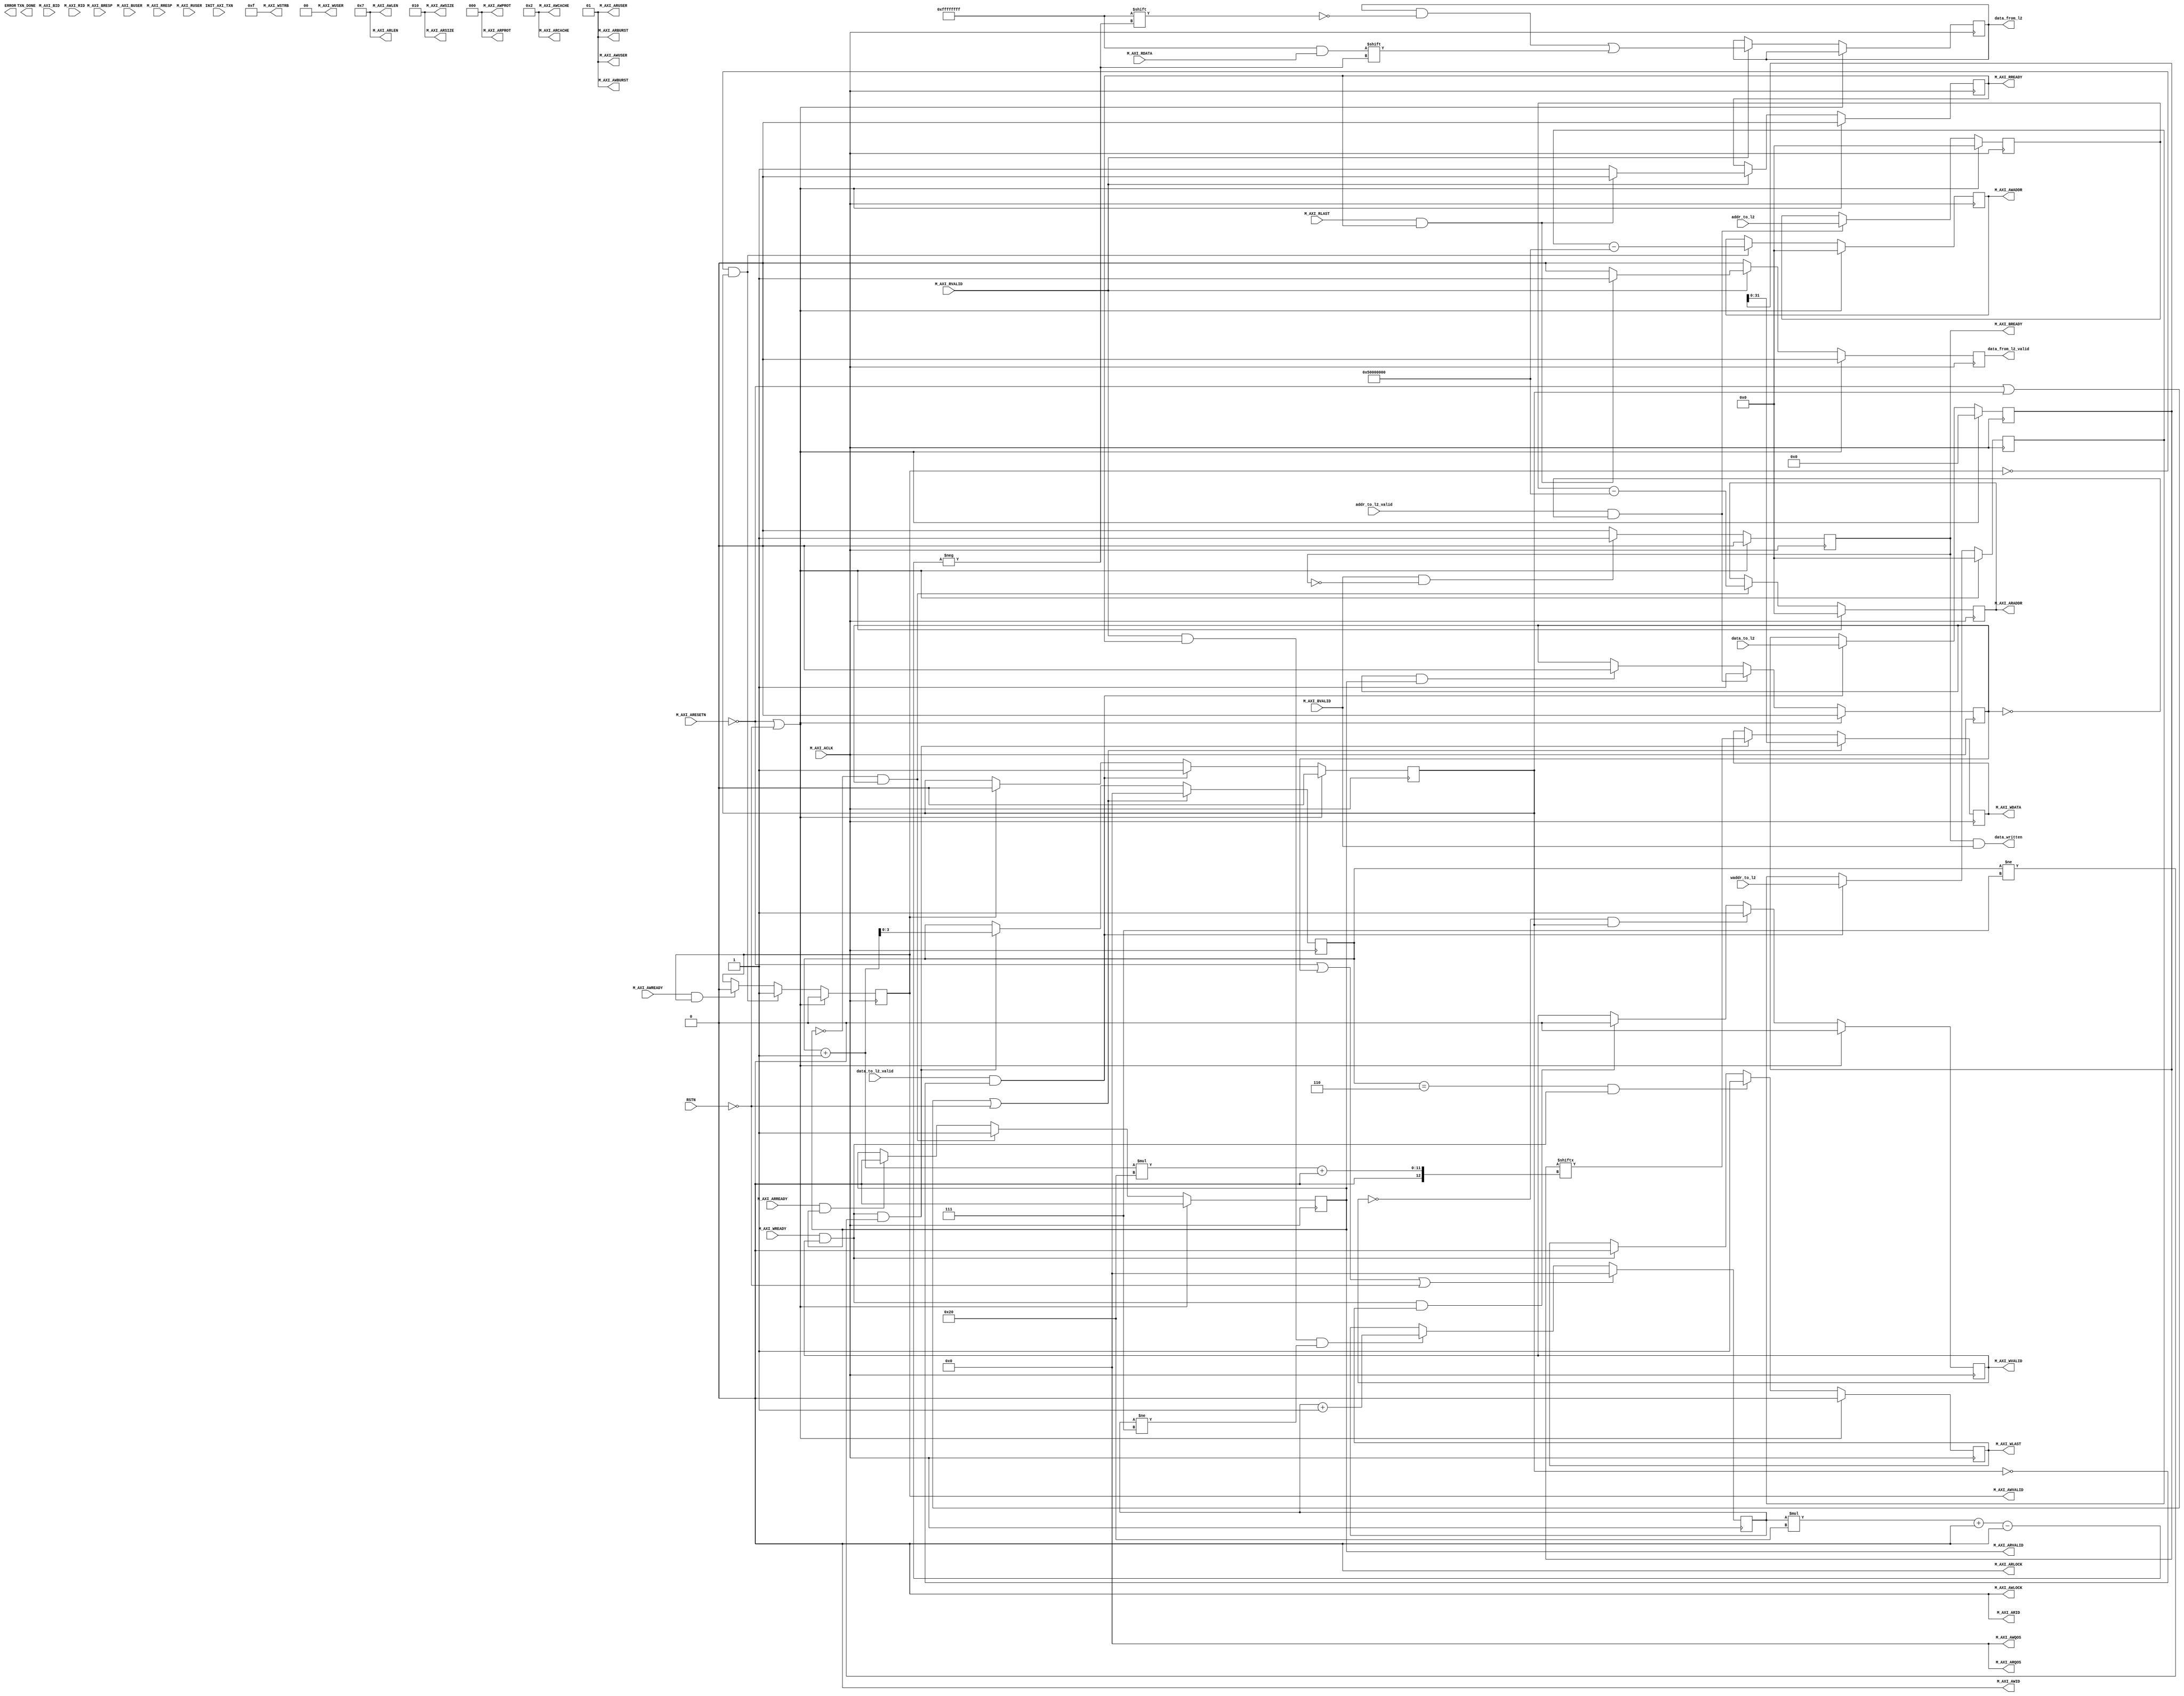

`timescale 1 ns / 1 ps

	module myip_v1_0_M00_AXI #
	(
		// Users to add parameters here

		// User parameters ends
		// Do not modify the parameters beyond this line

		// Base address of targeted slave
		parameter  C_M_TARGET_SLAVE_BASE_ADDR	= 32'h00010000,
		// Burst Length. Supports 1, 2, 4, 8, 16, 32, 64, 128, 256 burst lengths
		parameter integer C_M_AXI_BURST_LEN	= 8,
		// Thread ID Width
		parameter integer C_M_AXI_ID_WIDTH	= 1,
		// Width of Address Bus
		parameter integer C_M_AXI_ADDR_WIDTH	= 32,
		// Width of Data Bus
		parameter integer C_M_AXI_DATA_WIDTH	= 32,
		// Width of User Write Address Bus
		parameter integer C_M_AXI_AWUSER_WIDTH	= 0,
		// Width of User Read Address Bus
		parameter integer C_M_AXI_ARUSER_WIDTH	= 0,
		// Width of User Write Data Bus
		parameter integer C_M_AXI_WUSER_WIDTH	= 0,
		// Width of User Read Data Bus
		parameter integer C_M_AXI_RUSER_WIDTH	= 0,
		// Width of User Response Bus
		parameter integer C_M_AXI_BUSER_WIDTH	= 0,
		parameter integer cache_width 			= 32*8
	)
	(
		// Users to add ports here

		// User ports ends
		// Do not modify the ports beyond this line

		// Initiate AXI transactions
		input wire  RSTN,
		input wire  INIT_AXI_TXN,
		// Asserts when transaction is complete
		output wire  TXN_DONE,
		// Asserts when ERROR is detected
		output reg  ERROR,
		// Global Clock Signal.
		input wire  M_AXI_ACLK,
		// Global Reset Singal. This Signal is Active Low
		input wire  M_AXI_ARESETN,
		// Master Interface Write Address ID
		output wire [C_M_AXI_ID_WIDTH-1 : 0] M_AXI_AWID,
		// Master Interface Write Address
		output wire [C_M_AXI_ADDR_WIDTH-1 : 0] M_AXI_AWADDR,
		// Burst length. The burst length gives the exact number of transfers in a burst
		output wire [7 : 0] M_AXI_AWLEN,
		// Burst size. This signal indicates the size of each transfer in the burst
		output wire [2 : 0] M_AXI_AWSIZE,
		// Burst type. The burst type and the size information, 
    // determine how the address for each transfer within the burst is calculated.
		output wire [1 : 0] M_AXI_AWBURST,
		// Lock type. Provides additional information about the
    // atomic characteristics of the transfer.
		output wire  M_AXI_AWLOCK,
		// Memory type. This signal indicates how transactions
    // are required to progress through a system.
		output wire [3 : 0] M_AXI_AWCACHE,
		// Protection type. This signal indicates the privilege
    // and security level of the transaction, and whether
    // the transaction is a data access or an instruction access.
		output wire [2 : 0] M_AXI_AWPROT,
		// Quality of Service, QoS identifier sent for each write transaction.
		output wire [3 : 0] M_AXI_AWQOS,
		// Optional User-defined signal in the write address channel.
		output wire [C_M_AXI_AWUSER_WIDTH-1 : 0] M_AXI_AWUSER,
		// Write address valid. This signal indicates that
    // the channel is signaling valid write address and control information.
		output wire  M_AXI_AWVALID,
		// Write address ready. This signal indicates that
    // the slave is ready to accept an address and associated control signals
		input wire  M_AXI_AWREADY,
		// Master Interface Write Data.
		output wire [C_M_AXI_DATA_WIDTH-1 : 0] M_AXI_WDATA,
		// Write strobes. This signal indicates which byte
    // lanes hold valid data. There is one write strobe
    // bit for each eight bits of the write data bus.
		output wire [C_M_AXI_DATA_WIDTH/8-1 : 0] M_AXI_WSTRB,
		// Write last. This signal indicates the last transfer in a write burst.
		output wire  M_AXI_WLAST,
		// Optional User-defined signal in the write data channel.
		output wire [C_M_AXI_WUSER_WIDTH-1 : 0] M_AXI_WUSER,
		// Write valid. This signal indicates that valid write
    // data and strobes are available
		output wire  M_AXI_WVALID,
		// Write ready. This signal indicates that the slave
    // can accept the write data.
		input wire  M_AXI_WREADY,
		// Master Interface Write Response.
		input wire [C_M_AXI_ID_WIDTH-1 : 0] M_AXI_BID,
		// Write response. This signal indicates the status of the write transaction.
		input wire [1 : 0] M_AXI_BRESP,
		// Optional User-defined signal in the write response channel
		input wire [C_M_AXI_BUSER_WIDTH-1 : 0] M_AXI_BUSER,
		// Write response valid. This signal indicates that the
    // channel is signaling a valid write response.
		input wire  M_AXI_BVALID,
		// Response ready. This signal indicates that the master
    // can accept a write response.
		output wire  M_AXI_BREADY,
		// Master Interface Read Address.
		output wire [C_M_AXI_ID_WIDTH-1 : 0] M_AXI_ARID,
		// Read address. This signal indicates the initial
    // address of a read burst transaction.
		output wire [C_M_AXI_ADDR_WIDTH-1 : 0] M_AXI_ARADDR,
		// Burst length. The burst length gives the exact number of transfers in a burst
		output wire [7 : 0] M_AXI_ARLEN,
		// Burst size. This signal indicates the size of each transfer in the burst
		output wire [2 : 0] M_AXI_ARSIZE,
		// Burst type. The burst type and the size information, 
    // determine how the address for each transfer within the burst is calculated.
		output wire [1 : 0] M_AXI_ARBURST,
		// Lock type. Provides additional information about the
    // atomic characteristics of the transfer.
		output wire  M_AXI_ARLOCK,
		// Memory type. This signal indicates how transactions
    // are required to progress through a system.
		output wire [3 : 0] M_AXI_ARCACHE,
		// Protection type. This signal indicates the privilege
    // and security level of the transaction, and whether
    // the transaction is a data access or an instruction access.
		output wire [2 : 0] M_AXI_ARPROT,
		// Quality of Service, QoS identifier sent for each read transaction
		output wire [3 : 0] M_AXI_ARQOS,
		// Optional User-defined signal in the read address channel.
		output wire [C_M_AXI_ARUSER_WIDTH-1 : 0] M_AXI_ARUSER,
		// Write address valid. This signal indicates that
    // the channel is signaling valid read address and control information
		output wire  M_AXI_ARVALID,
		// Read address ready. This signal indicates that
    // the slave is ready to accept an address and associated control signals
		input wire  M_AXI_ARREADY,
		// Read ID tag. This signal is the identification tag
    // for the read data group of signals generated by the slave.
		input wire [C_M_AXI_ID_WIDTH-1 : 0] M_AXI_RID,
		// Master Read Data
		input wire [C_M_AXI_DATA_WIDTH-1 : 0] M_AXI_RDATA,
		// Read response. This signal indicates the status of the read transfer
		input wire [1 : 0] M_AXI_RRESP,
		// Read last. This signal indicates the last transfer in a read burst
		input wire  M_AXI_RLAST,
		// Optional User-defined signal in the read address channel.
		input wire [C_M_AXI_RUSER_WIDTH-1 : 0] M_AXI_RUSER,
		// Read valid. This signal indicates that the channel
    // is signaling the required read data.
		input wire  M_AXI_RVALID,
		// Read ready. This signal indicates that the master can
    // accept the read data and response information.
		output wire  M_AXI_RREADY,


		//user defined ports
		output reg 		[cache_width-1:0] 			data_from_l2 		,
		input wire   								addr_to_l2_valid	,
		input wire 		[C_M_AXI_ADDR_WIDTH-1:0] 	addr_to_l2 			,
		input wire 		[C_M_AXI_ADDR_WIDTH-1:0] 	waddr_to_l2 		,
		output wire  								data_from_l2_valid	,
		input wire 	 	[cache_width-1:0]			data_to_l2			,
		input wire 									data_to_l2_valid 	,
		output wire 								data_written 		
	);


	// function called clogb2 that returns an integer which has the
	//value of the ceiling of the log base 2

	  // function called clogb2 that returns an integer which has the 
	  // value of the ceiling of the log base 2.                      
	  function integer clogb2 (input integer bit_depth);              
	  begin                                                           
	    for(clogb2=0; bit_depth>0; clogb2=clogb2+1)                   
	      bit_depth = bit_depth >> 1;                                 
	    end                                                           
	  endfunction                                                     

	// C_TRANSACTIONS_NUM is the width of the index counter for 
	// number of write or read transaction.
	 localparam integer C_TRANSACTIONS_NUM = clogb2(C_M_AXI_BURST_LEN-1);

	// Burst length for transactions, in C_M_AXI_DATA_WIDTHs.
	// Non-2^n lengths will eventually cause bursts across 4K address boundaries.
	 localparam integer C_MASTER_LENGTH	= 12;
	// total number of burst transfers is master length divided by burst length and burst size
	 localparam integer C_NO_BURSTS_REQ = C_MASTER_LENGTH-clogb2((C_M_AXI_BURST_LEN*C_M_AXI_DATA_WIDTH/8)-1);
	// Example State machine to initialize counter, initialize write transactions, 
	// initialize read transactions and comparison of read data with the 
	// written data words.


	 reg [1:0] mst_exec_state;

	// AXI4LITE signals
	//AXI4 internal temp signals
	reg [C_M_AXI_ADDR_WIDTH-1 : 0] 	axi_awaddr;
	reg  	axi_awvalid;
	reg [C_M_AXI_DATA_WIDTH-1 : 0] 	axi_wdata;
	reg  	axi_wlast;
	reg  	axi_wvalid;
	reg  	axi_bready;
	reg [C_M_AXI_ADDR_WIDTH-1 : 0] 	axi_araddr;
	reg  	axi_arvalid;
	reg  	axi_rready;
	//write beat count in a burst
	reg [C_TRANSACTIONS_NUM : 0] 	write_index;
	//read beat count in a burst
	reg [C_TRANSACTIONS_NUM : 0] 	read_index;
	//size of C_M_AXI_BURST_LEN length burst in bytes
	wire [C_TRANSACTIONS_NUM+2 : 0] 	burst_size_bytes;
	//The burst counters are used to track the number of burst transfers of C_M_AXI_BURST_LEN burst length needed to transfer 2^C_MASTER_LENGTH bytes of data.


	reg  	start_single_burst_write;
	reg  	start_single_burst_read;
	reg  	writes_done;
	reg  	reads_done;
	reg  	error_reg;
	reg  	compare_done;
	reg  	read_mismatch;
	reg  	burst_write_active;
	reg  	burst_read_active;
	reg [C_M_AXI_DATA_WIDTH-1 : 0] 	expected_rdata;
	//Interface response error flags
	wire  	write_resp_error;
	wire  	read_resp_error;
	wire  	wnext;
	wire  	rnext;
	reg  	init_txn_ff;
	reg  	init_txn_ff2;
	reg  	init_txn_edge;
	wire  	init_txn_pulse;


	// I/O Connections assignments

	//I/O Connections. Write Address (AW)
	assign M_AXI_AWID	= 'b0;
	//The AXI address is a concatenation of the target base address + active offset range
	assign M_AXI_AWADDR	= axi_awaddr;
	//Burst LENgth is number of transaction beats, minus 1
	assign M_AXI_AWLEN	= C_M_AXI_BURST_LEN - 1;
	//Size should be C_M_AXI_DATA_WIDTH, in 2^SIZE bytes, otherwise narrow bursts are used
	assign M_AXI_AWSIZE	= clogb2((C_M_AXI_DATA_WIDTH/8)-1);
	//INCR burst type is usually used, except for keyhole bursts
	assign M_AXI_AWBURST	= 2'b01;
	assign M_AXI_AWLOCK	= 1'b0;
	//Update value to 4'b0011 if coherent accesses to be used via the Zynq ACP port. Not Allocated, Modifiable, not Bufferable. Not Bufferable since this example is meant to test memory, not intermediate cache. 
	assign M_AXI_AWCACHE	= 4'b0010;
	assign M_AXI_AWPROT	= 3'h0;
	assign M_AXI_AWQOS	= 4'h0;
	assign M_AXI_AWUSER	= 'b1;
	assign M_AXI_AWVALID	= axi_awvalid;
	//Write Data(W)
	assign M_AXI_WDATA	= axi_wdata;
	//All bursts are complete and aligned in this example
	assign M_AXI_WSTRB	= {(C_M_AXI_DATA_WIDTH/8){1'b1}};
	assign M_AXI_WLAST	= axi_wlast;
	assign M_AXI_WUSER	= 'b0;
	assign M_AXI_WVALID	= axi_wvalid;
	//Write Response (B)
	assign M_AXI_BREADY	= axi_bready;
	//Read Address (AR)
	assign M_AXI_ARID	= 'b0;
	assign M_AXI_ARADDR	=  axi_araddr;
	//Burst LENgth is number of transaction beats, minus 1
	assign M_AXI_ARLEN	= C_M_AXI_BURST_LEN - 1;
	//Size should be C_M_AXI_DATA_WIDTH, in 2^n bytes, otherwise narrow bursts are used
	assign M_AXI_ARSIZE	= clogb2((C_M_AXI_DATA_WIDTH/8)-1);
	//INCR burst type is usually used, except for keyhole bursts
	assign M_AXI_ARBURST	= 2'b01;
	assign M_AXI_ARLOCK	= 1'b0;
	//Update value to 4'b0011 if coherent accesses to be used via the Zynq ACP port. Not Allocated, Modifiable, not Bufferable. Not Bufferable since this example is meant to test memory, not intermediate cache. 
	assign M_AXI_ARCACHE	= 4'b0010;
	assign M_AXI_ARPROT	= 3'h0;
	assign M_AXI_ARQOS	= 4'h0;
	assign M_AXI_ARUSER	= 'b1;
	assign M_AXI_ARVALID	= axi_arvalid;
	//Read and Read Response (R)
	assign M_AXI_RREADY	= axi_rready;
	//Example design I/O
	assign TXN_DONE	= compare_done;
	//Burst size in bytes
	assign burst_size_bytes	= C_M_AXI_BURST_LEN * C_M_AXI_DATA_WIDTH/8;
	assign init_txn_pulse	= 0;//(!init_txn_ff2) && init_txn_ff;


	reg 										initiate_write 		;
	reg [cache_width-1:0] 						data_w 				;
	reg [C_M_AXI_ADDR_WIDTH-1:0]			  	addr_w 				;
	always @(posedge M_AXI_ACLK)                                   
	begin                                                                  
		if ((M_AXI_ARESETN == 0 )| (RSTN == 0 ))                                           
		begin
			addr_w  			<=		0				;
		end
		else if (data_to_l2_valid & ~initiate_write)
		begin
			addr_w 				<=		waddr_to_l2		;	
		end
		else 
			addr_w 				<=		addr_w 			;
	end
	always @(posedge M_AXI_ACLK)                                   
	begin                                                                  
		if ((M_AXI_ARESETN == 0 )| (RSTN == 0 ))                                           
		begin
			data_w  			<=		0;
		end
		else if (data_to_l2_valid & ~initiate_write)
		begin
			data_w 				<=		data_to_l2;
		end
		else 
			data_w 				<=		data_w;
	end

	always @(posedge M_AXI_ACLK)                                   
	begin                                                                  
		if ((M_AXI_ARESETN == 0 )| (RSTN == 0 ) )                                           
		begin
			initiate_write  	<=		0;
		end
		else if (data_to_l2_valid & ~initiate_write)
		begin
			initiate_write 		<=		1;
		end
		else if(axi_awvalid)
		begin
			initiate_write 		<=		0;
		end
		else 
			initiate_write 		<=		initiate_write;
	end


	/////---------------------------------------------------------------------
	always @(posedge M_AXI_ACLK)                                   
	begin                           
		                                                           
		if ((M_AXI_ARESETN == 0 )| (RSTN == 0 ) )                                           
		begin                                                            
			axi_awvalid <= 1'b0;                                           
		end                                                              
		// If previously not valid , start next transaction                
		else if (~axi_awvalid  & initiate_write)                 
		begin                                                            
			axi_awvalid <= 1'b1;                                           
		end                                                              
		/* Once asserted, VALIDs cannot be deasserted, so axi_awvalid      
		must wait until transaction is accepted */                         
		else if (M_AXI_AWREADY && axi_awvalid)                             
		begin                                                            
			axi_awvalid <= 1'b0;                                           
		end                                                              
		else                                                               
			axi_awvalid <= axi_awvalid;                                      
	end                                                                
	                                                                       
	                                                                       
	// Next address after AWREADY indicates previous address acceptance    
	always @(posedge M_AXI_ACLK)                                         
	begin                                                                
		if ((M_AXI_ARESETN == 0 )| (RSTN == 0 ))                                            
		begin                                                            
			axi_awaddr <= 'b0;                                             
		end                                                              
		else if (~axi_awvalid  & initiate_write)                             
		begin                                                            
			axi_awaddr <= addr_w-32'h5000_0000;                   
		end                                                              
		else                                                               
			axi_awaddr <= axi_awaddr;                                        
	end                                                              



	//Write Data Channel--------------------------------------------

	  assign wnext = M_AXI_WREADY & axi_wvalid;                                   
	                                                                                    
	// WVALID logic, similar to the axi_awvalid always block above                      
	always @(posedge M_AXI_ACLK)                                                      
	begin                                                                             
		if ((M_AXI_ARESETN == 0 )| (RSTN == 0 ) )                                                        
		begin                                                                         
			axi_wvalid <= 1'b0;                                                         
		end                                                                           
		             
		else if (~axi_wvalid && initiate_write)                               
		begin                                                                         
			axi_wvalid <= 1'b1;                                                         
		end                                                                                                        
		else if (wnext && axi_wlast)                                                    
			axi_wvalid <= 1'b0;                                                           
		else                                                                            
			axi_wvalid <= axi_wvalid;                                                     
	end                                                                               
	                                                                                                       
	always @(posedge M_AXI_ACLK)                                                      
	begin                                                                             
		if ((M_AXI_ARESETN == 0 )| (RSTN == 0 ))                                                        
		begin                                                                         
			axi_wlast <= 1'b0;                                                          
		end                                                                          
		else if (((write_index == C_M_AXI_BURST_LEN-2 && C_M_AXI_BURST_LEN >= 2) && wnext) || (C_M_AXI_BURST_LEN == 1 ))
		begin                                                                         
			axi_wlast <= 1'b1;                                                          
		end                                                                                                        
		else if (wnext)                                                                 
			axi_wlast <= 1'b0;                                                            
		else if (axi_wlast && C_M_AXI_BURST_LEN == 1)                                   
			axi_wlast <= 1'b0;                                                            
		else                                                                            
			axi_wlast <= axi_wlast;                                                       
	end                                                                               
	                                                                                                                                   
	always @(posedge M_AXI_ACLK)                                                      
	begin                                                                             
		if (M_AXI_ARESETN == 0 || initiate_write|| (RSTN == 0 ))    
		begin                                                                         
			write_index <= 					0		;  
			axi_wdata   <=                  data_w[0 +: 32]       ;                                                            
		end                                                                           
		else if (wnext && (write_index != C_M_AXI_BURST_LEN-1))                         
		begin                                                                         
			write_index <= write_index + 	1		;     
			axi_wdata <= data_w[(write_index+1)*32 +: 32];                                         
		end                                                                           
		else                                                                            
			write_index <= write_index				;                                                   
	end                                                                               
	                                                                                    
	                                                                                    
	/* Write Data Generator                                                             
	 Data pattern is only a simple incrementing count from 0 for each burst  */         
//	always @(posedge M_AXI_ACLK)                                                      
//	begin                                                                             
//		if (M_AXI_ARESETN == 0 )                                                         
			 
//		else                                                                 
			
	                                                    
//	end                                                                             


	always @(posedge M_AXI_ACLK)                                     
	begin                                                                 
		if ((M_AXI_ARESETN == 0 )| (RSTN == 0 ))                                            
		begin                                                             
			axi_bready <= 1'b0;  
		                                        
		end                                                               
		// accept/acknowledge bresp with axi_bready by the master           
		// when M_AXI_BVALID is asserted by slave                           
		else if (M_AXI_BVALID && ~axi_bready)                               
		begin                                                             
			axi_bready 		<= 1'b1; 
		end                                                               
		// deassert after one clock cycle                                   
		else if (axi_bready)                                                
		begin                                                             
			axi_bready 		<= 1'b0;                                             
		end                                                               
		// retain the previous value                                        
		else                                                                
			axi_bready <= axi_bready;                                         
	end                                                                   
	                                                                        
	reg [C_M_AXI_ADDR_WIDTH-1:0] raddr;
	reg 						 initiate_read;
	always @(posedge M_AXI_ACLK)                                 
	begin                                                              
	                                                             
		if ((M_AXI_ARESETN == 0 )| (RSTN == 0 ))                                         
		begin
			initiate_read  <=0;
		end
		else if(addr_to_l2_valid & ~initiate_read)
		begin
			initiate_read <=1;
		end
		else if  (initiate_read & axi_arvalid)
		begin
			initiate_read <=0;
		end
		else
			initiate_read <= initiate_read;
	end
	always @(posedge M_AXI_ACLK)                                 
	begin                                                                                                                         
		if ((M_AXI_ARESETN == 0 )| (RSTN == 0 ))                                         
		begin
			raddr  <=0;
		end
		else if (addr_to_l2_valid & ~initiate_read)
		begin
			raddr <=addr_to_l2;
		end
		else
			raddr <= raddr;
	end

	always @(posedge M_AXI_ACLK)                                 
	begin                                                              
	                                                             
	if ((M_AXI_ARESETN == 0 )| (RSTN == 0 ) )                                         
	begin                                                          
		axi_arvalid 	<= 1'b0;                                         
	end                                                            
	// If previously not valid , start next transaction              
	else if (~axi_arvalid && initiate_read)                
	begin                                                          
		axi_arvalid 	<= 1'b1;                                         
	end                                                            
	else if (M_AXI_ARREADY && axi_arvalid)                           
	begin                                                          
		axi_arvalid 	<= 1'b0;                                         
	end                                                            
	else                                                             
		axi_arvalid 	<= axi_arvalid;                                    
	end                                                                
	                                                                     
	                                                                     
	// Next address after ARREADY indicates previous address acceptance  
	always @(posedge M_AXI_ACLK)                                       
	begin                                                              
		if ((M_AXI_ARESETN == 0 )| (RSTN == 0 ) )                                          
		begin                                                          
			axi_araddr <= 'b0;                                           
		end                                                            
		else if (~axi_arvalid && initiate_read)                           
		begin                                                          
			axi_araddr <= raddr-32'h5000_0000;;                 
		end                                                            
		else                                                             
			axi_araddr <= axi_araddr;                                      
	end                                                                


	assign rnext = M_AXI_RVALID && axi_rready;                            
	
	always @(posedge M_AXI_ACLK)                                          
	begin                                                                 
		if (M_AXI_ARESETN == 0  || initiate_read ||  (RSTN == 0 ))                  
		begin                                                             
			read_index <= 0;                                                
		end                                                               
		else if (rnext && (read_index != C_M_AXI_BURST_LEN-1))              
		begin                                                             
			read_index <= read_index + 1;                                   
		end                                                               
		else                                                                
			read_index <= read_index;                                         
	end                                                                   
	                                                                        
	reg data_valid;                                                      
	always @(posedge M_AXI_ACLK)                                          
	begin                                                                 
		if ((M_AXI_ARESETN == 0 )| (RSTN == 0 ) )                  
		begin                                                             
			axi_rready 							<= 1'b0; 
			data_valid 							<=0;                                            
		end                                                               
		// accept/acknowledge rdata/rresp with axi_rready by the master     
		// when M_AXI_RVALID is asserted by slave                           
		else if (M_AXI_RVALID)                       
		begin                                      
			if (M_AXI_RLAST && axi_rready)          
			begin                                  
				axi_rready <= 1'b0;
				data_from_l2[read_index*32 +: 32]  	<= M_AXI_RDATA; 
				data_valid<=1;            
			end                                    
			else                                    
			begin  
				data_valid 				           <=0;                               
				axi_rready 							<= 1'b1; 
				data_from_l2[read_index*32 +: 32]  	<= M_AXI_RDATA;              
			end                                   
		end 
		else
			data_valid<=0;                                       
	// retain the previous value                 
	end                                            
                                                                     

                                   
	always @(posedge M_AXI_ACLK)                                                                              
	begin                                                                                                     
		if ((M_AXI_ARESETN == 0 )| (RSTN == 0 ))                                                                                 
			burst_write_active <= 1'b0;                                                                           
		else if (initiate_write)                                                                      
			burst_write_active <= 1'b1;                                                                           
		else if (M_AXI_BVALID && axi_bready)                                                                    
			burst_write_active <= 0;                                                                              
	end                                                                                                       
                                                                                                                           
	always @(posedge M_AXI_ACLK)                                                                              
	begin                                                                                                     
		if ((M_AXI_ARESETN == 0 )| (RSTN == 0 ))                                                                                 
			burst_read_active <= 1'b0;                                                                                            
		else if (start_single_burst_read)                                                                       
			burst_read_active <= 1'b1;                                                                            
		else if (M_AXI_RVALID && axi_rready && M_AXI_RLAST)                                                     
			burst_read_active <= 0;                                                                               
	end                                                                                                     

		assign data_written =  axi_bready & M_AXI_BVALID;
		assign data_from_l2_valid= data_valid ;
	endmodule